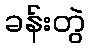
ခန်းတွဲ